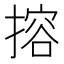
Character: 搈